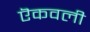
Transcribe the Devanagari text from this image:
ऎकवली